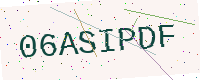
Text: 06ASIPDF